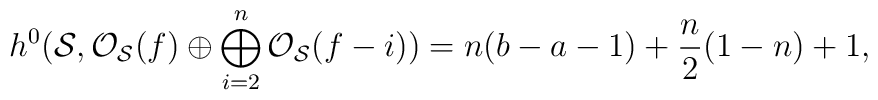
h^{0} ({\cal S}, {\cal O}_{\cal S}(f) \oplus \bigoplus_{i=2}^{n}{\cal O}_{\cal S}(f-i))= n(b-a-1) + \frac{n}{2}(1-n) +1,